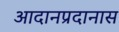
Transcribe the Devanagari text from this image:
आदानप्रदानास